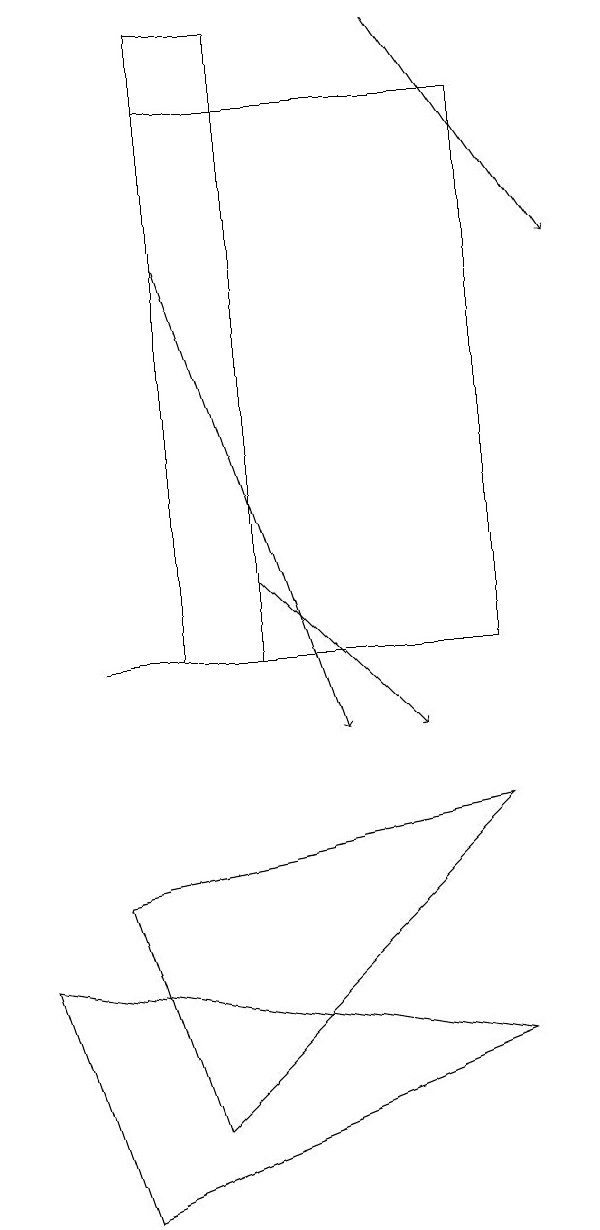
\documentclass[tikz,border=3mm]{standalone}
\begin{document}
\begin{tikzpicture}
\draw (7,11) rectangle (3,18);
\draw (4,11) rectangle (3,19);
\draw[->] (4,12) -- (6,10);
\draw (2,4) -- (7,6) -- (1,7) -- cycle;
\draw[->] (3,16) -- (5,10);
\draw (3,5) -- (7,9) -- (2,8) -- cycle;
\draw (2,11) rectangle (4,11);
\draw[->] (6,19) -- (8,16);
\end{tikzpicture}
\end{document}